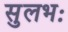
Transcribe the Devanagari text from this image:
सुलभः